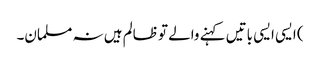
) ایسی ایسی باتیں کہنے والے تو ظالم ہیں نہ مسلمان۔